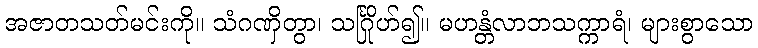
အဇာတသတ်မင်းကို။ သံဂဏှိတွာ၊ သင်္ဂြိုဟ်၍။ မဟန္တံလာဘသက္ကာရံ၊ များစွာသော